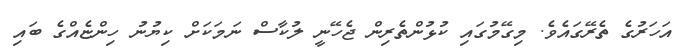
އަހަރުގެ ތެރޭގައެވެ. މިގޭމުގައި ކުޅުންތެރިން ޖެހޭނީ ލުކާސް ނަމަކަށް ކިޔުނު ހިންޏެއްގެ ބައި